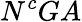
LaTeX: N^{c}GA